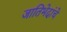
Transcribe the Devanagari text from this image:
जातिभेदांचे